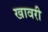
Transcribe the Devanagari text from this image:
खावरी